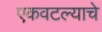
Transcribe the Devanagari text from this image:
एकवटल्याचे